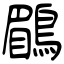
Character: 鶥